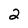
Character: 2